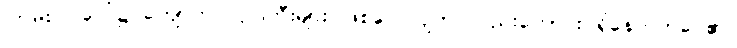
ကြမ်းပြင်ပေါ်၌ ကျောက်ပလ္လင်ကြီးများ ဖြစ်ပေါ်လျက် လည်းကောင်း ရှိနေတတ်ပေ၏။